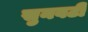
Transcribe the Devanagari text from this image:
सुनवटी